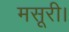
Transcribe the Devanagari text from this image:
मसूरी।